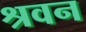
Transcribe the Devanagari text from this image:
श्रवन